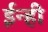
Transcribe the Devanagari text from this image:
ईन्ही